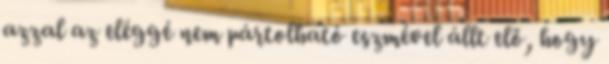
azzal az eléggé nem pártolható eszmével állt elő, hogy